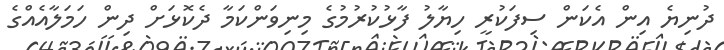
ދުނިޔެ އިން އެކަން ސިފަކުރީ ހިޔާލު ފާޅުކުރުމުގެ މިނިވަންކަމާ ދެކޮޅަށް ދިން ހަމަލާއެއްގެ